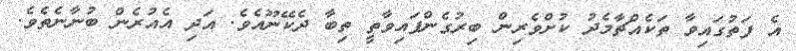
އެ ފަތުގައިވާ ތަކެއްޗާމެދު ކުށްވެރިން ބިރުގެންފައިވާތީ ތިބާ ދެކޭނޫއެވެ. އަދި އެއުރެން ބުނާނެތެވެ.